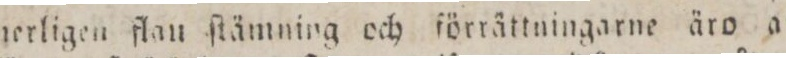
nerligen flan ſtämning och förrättningarne äro af